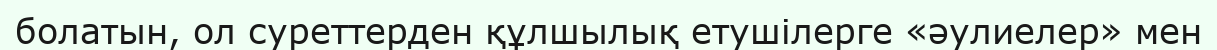
болатын, ол суреттерден құлшылық етушілерге «әулиелер» мен